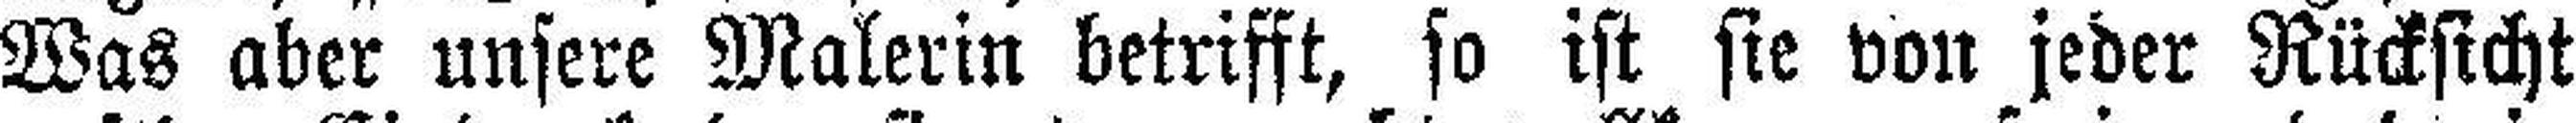
Was aber unsere Malerin betrifft, so ist sie von jeder Rücksicht